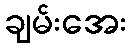
ချမ်းအေး